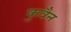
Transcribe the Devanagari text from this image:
कुवैन